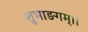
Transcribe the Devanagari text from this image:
शुभाङगम्।।